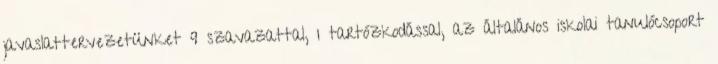
javaslattervezetünket 9 szavazattal, 1 tartózkodással, az általános iskolai tanulócsoport